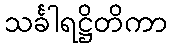
သင်္ခါရဋ္ဌိတိကာ